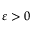
\varepsilon > 0